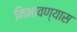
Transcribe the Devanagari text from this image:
निभावण्यास